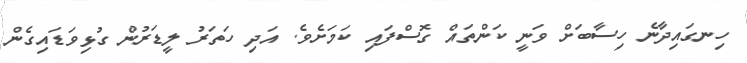
ހިނގައިދާނެ ހިސާބަށް ވަނީ ކަންތައް ގޮސްފައި ކަމަށެވެ. އަދި ހަތަރު ލީޑަރުން ގުޅިވަޑައިގެން